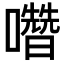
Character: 𡄋